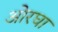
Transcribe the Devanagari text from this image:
ओरघा